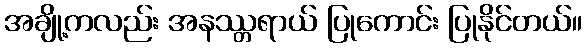
အချို့ကလည်း အနဿ္တရာယ် ပြုကောင်း ပြုနိုင်တယ်။